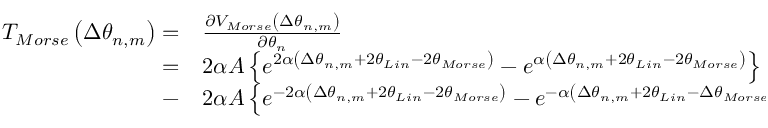
\begin{array} { r l } { { { T } _ { M o r s e } } \left( \Delta { { \theta } _ { n , m } } \right) = } & { { } \frac { \partial { { V } _ { M o r s e } } \left( \Delta { { \theta } _ { n , m } } \right) } { \partial { { \theta } _ { n } } } } \\ { = } & { { } 2 \alpha A \left\{ { { e } ^ { 2 \alpha \left( \Delta { { \theta } _ { n , m } } + 2 { { \theta } _ { L i n } } - 2 \theta _ { M o r s e } \right) } } - { { e } ^ { \alpha \left( \Delta { { \theta } _ { n , m } } + 2 { { \theta } _ { L i n } } - 2 \theta _ { M o r s e } \right) } } \right\} } \\ { - } & { { } 2 \alpha A \left\{ { { e } ^ { - 2 \alpha \left( \Delta { { \theta } _ { n , m } } + 2 { { \theta } _ { L i n } } - 2 \theta _ { M o r s e } \right) } } - { { e } ^ { - \alpha \left( \Delta { { \theta } _ { n , m } } + 2 { { \theta } _ { L i n } } - \Delta \theta _ { M o r s e } \right) } } \right\} . } \end{array}